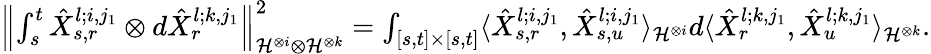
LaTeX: \begin{array}{r}{{\left\lVert{\int_{s}^{t}\hat{X}_{s,r}^{l;i,j_{1}}\otimes d\hat{X}_{r}^{l;k,j_{1}}}\right\rVert}_{\mathcal{H}^{\otimes i}\otimes\mathcal{H}^{\otimes k}}^{2}=\int_{[s,t]\times[s,t]}\langle\hat{X}_{s,r}^{l;i,j_{1}},\hat{X}_{s,u}^{l;i,j_{1}}\rangle_{\mathcal{H}^{\otimes i}}d\langle\hat{X}_{r}^{l;k,j_{1}},\hat{X}_{u}^{l;k,j_{1}}\rangle_{\mathcal{H}^{\otimes k}}.}\end{array}